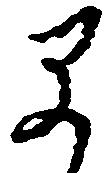
早